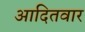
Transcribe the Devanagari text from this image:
आदितवार